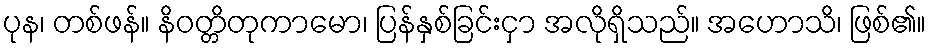
ပုန၊ တစ်ဖန်။ နိဝတ္တိတုကာမော၊ ပြန်နှစ်ခြင်းငှာ အလိုရှိသည်။ အဟောသိ၊ ဖြစ်၏။